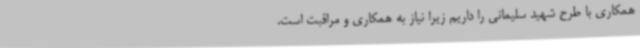
همکاری با طرح شهید سلیمانی را داریم زیرا نیاز به همکاری و مراقبت است.